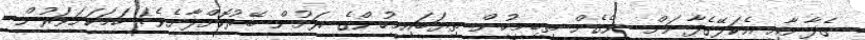
ގެފާނާއި އެކަލޭގެފާނަށް  ވެގެން ތިބިމީހުން ތިޔަބައިމީހުންގެ ރަށުން ބޭރުކޮށްލާށެވެ! ހަމަކަށަވަރުން